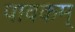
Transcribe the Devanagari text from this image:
पावकम्